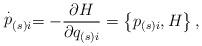
LaTeX: \begin{align*}\stackrel{.}{p}_{\left( s\right) i}=-\frac{\partial H}{\partial q_{\left(s\right) i}}=\left\{ p_{\left( s\right) i},H\right\} , \end{align*}